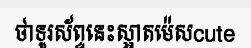
ថាទូរស័ព្ទនេះស្អាតម៉េសcute